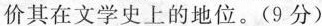
价其在文学史上的地位。(9分)